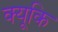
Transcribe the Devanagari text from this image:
क्यूकि